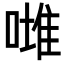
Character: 𠼲